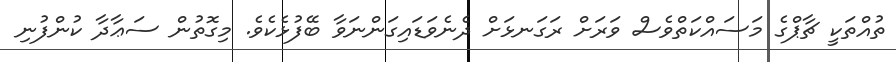
ތުއްތަކީ ޗާޕްގެ މަސައްކަތްވެސް ވަރަށް ރަގަނޅަށް ދެނެވަޑައިގަންނަވާ ބޭފުޅެކެވެ. މިގޮތުން ސަޢާދާ ކުންފުނި